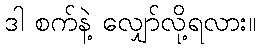
ဒါ စက်နဲ့ လျှော်လို့ရလား။